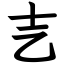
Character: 㐊